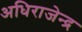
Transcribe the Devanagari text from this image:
अधिराजेन्द्र